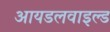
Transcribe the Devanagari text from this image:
आयडलवाइल्ड